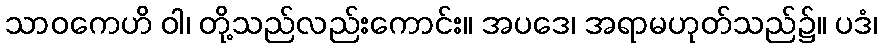
သာဝကေဟိ ဝါ၊ တို့သည်လည်းကောင်း။ အပဒေ၊ အရာမဟုတ်သည်၌။ ပဒံ၊